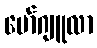
မော်ဂျူလာ